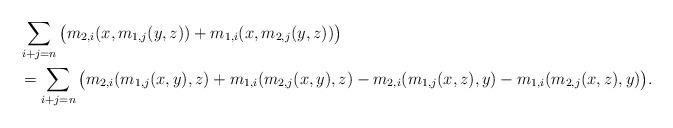
LaTeX: \begin{align*}&\sum_{i+j=n}\big( m_{2,i}(x, m_{1 ,j}(y,z)) + m_{1,i}(x, m_{2 ,j}(y,z))\big) \\ &= \sum_{i+j=n}\big( m_{2,i}(m_{1,j}(x, y),z) + m_{1,i}(m_{2,j}(x, y),z)- m_{2,i}(m_{1,j}(x, z),y)- m_{1,i}(m_{2,j}(x, z),y)\big).\end{align*}